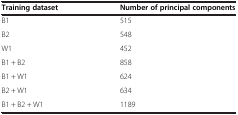
<table><thead><tr><td><b>Training dataset</b></td><td><b>Number of principal components</b></td></tr></thead><tbody><tr><td>B1</td><td>515</td></tr><tr><td>B2</td><td>548</td></tr><tr><td>W1</td><td>452</td></tr><tr><td>B1 + B2</td><td>858</td></tr><tr><td>B1 + W1</td><td>624</td></tr><tr><td>B2 + W1</td><td>634</td></tr><tr><td>B1 + B2 + W1</td><td>1189</td></tr></tbody></table>